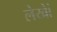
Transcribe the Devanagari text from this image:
लेखेां